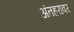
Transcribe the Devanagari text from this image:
अंतहरावर